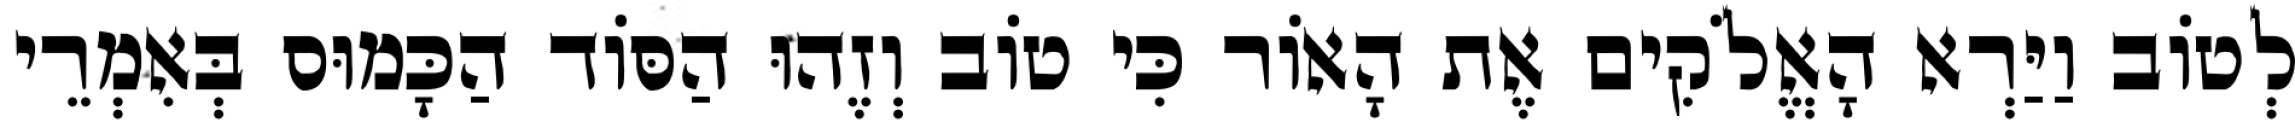
לְטוֹב וַיַּרְא הָאֱלֹקִים אֶת הָאוֹר כִּי טוֹב וְזֶהוּ הַסּוֹד הַכָּמוּס בְּאִמְרֵי